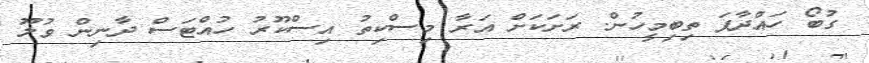
ގުބޯ ހައްދާފަ ތިބިމީހުން. ރަށަކަށް އަރާ މިސްކިތު އިސްކޫރު ހުއްޓަސް ދާނިން ވުލޫ